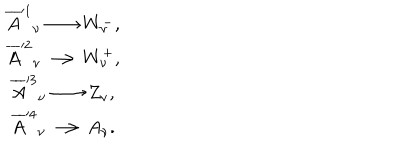
\begin{array} { c } { { \overline { { { A } } } ^ { \prime 1 } { } _ { \nu } \longrightarrow W _ { \nu } ^ { - } , } } \\ { { \overline { { { A } } } ^ { \prime 2 } { } _ { \nu } \longrightarrow W _ { \nu } ^ { + } , } } \\ { { \overline { { { A } } } ^ { \prime 3 } { } _ { \nu } \longrightarrow Z _ { \nu } , } } \\ { { \overline { { { A } } } ^ { \prime 4 } { } _ { \nu } \longrightarrow A _ { \nu } . } } \\ \end{array}